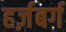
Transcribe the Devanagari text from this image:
हर्ज़बर्ग